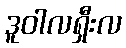
ဒူဝါလရှီးလ